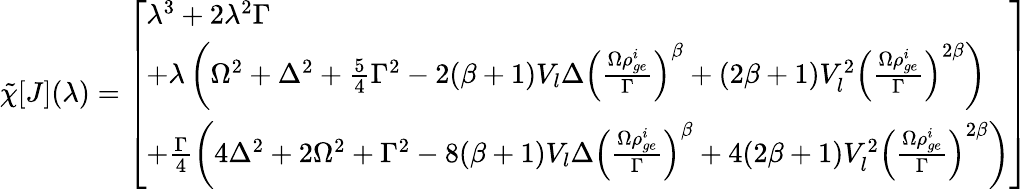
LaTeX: \tilde{\chi}[J](\lambda)=\left[\begin{array}{l}{\lambda^{3}+2\lambda^{2}\Gamma}\\ {+\lambda\left(\Omega^{2}+\Delta^{2}+\frac{5}{4}\Gamma^{2}-2(\beta+1)V_{l}\Delta\left(\frac{\Omega\rho_{ge}^{i}}{\Gamma}\right)^{\beta}+(2\beta+1)V_{l}^{2}\left(\frac{\Omega\rho_{ge}^{i}}{\Gamma}\right)^{2\beta}\right)}\\ {+\frac{\Gamma}{4}\left(4\Delta^{2}+2\Omega^{2}+\Gamma^{2}-8(\beta+1)V_{l}\Delta\left(\frac{\Omega\rho_{ge}^{i}}{\Gamma}\right)^{\beta}+4(2\beta+1)V_{l}^{2}\left(\frac{\Omega\rho_{ge}^{i}}{\Gamma}\right)^{2\beta}\right)}\end{array}\right]